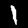
Digit: 1